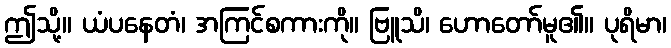
ဤသို့။ ယံပနေတံ၊ အကြင်စကားကို။ ဗြူသိ၊ ဟောတော်မူ၏။ ပုရိမာ၊